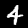
Label: 4